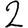
Digit: 2